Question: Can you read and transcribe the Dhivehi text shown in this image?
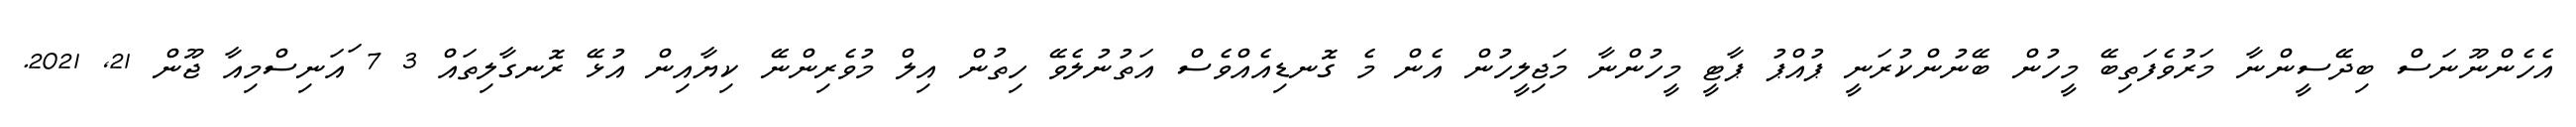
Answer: އެހެންނޫނަސް ބިދޭސީންނާ މަރުވެފަތިބޭ މީހުން ބޭނުންކުރަނީ ޕުއްޕު ޕާޓީ މީހުންނާ މަޖިލީހުން އެން މެ ގޮނޑިއެއްވެސް އަތުނުލެވޭ ހިތުން އިލް މުވެރިންނޭ ކިޔާއިން އުޅޭ ރޮނގާލިތައް 3 7 ައަނިސްމިއާ ޖޫން 21, 2021.